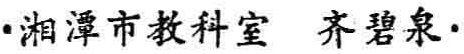
\cdot 湘潭市教科室  齐碧泉\cdot